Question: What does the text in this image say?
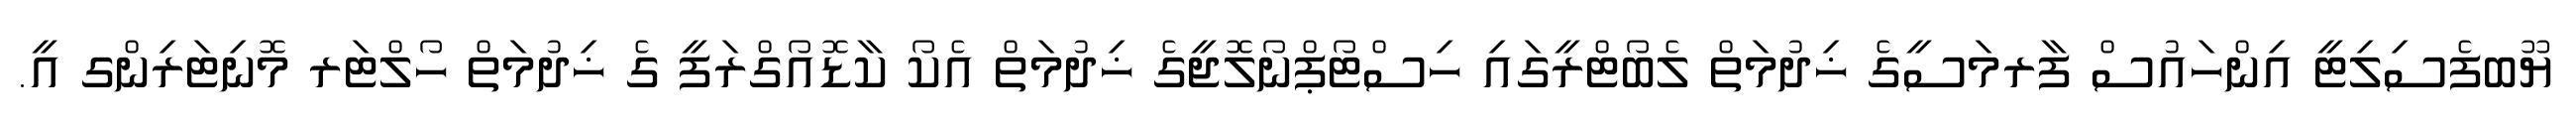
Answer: ޔޫބފެސިލިޓީ އިންހައުސް ފާރމަސީގެ ޚިދުމަތް ލެބޯޓްރީގައި ހިސްޓޯޕްނޯލޮޖީގެ ޚިދުމަތް އެކޯ ކާޑޮއޯގްރަފީ ގެ ޚިދުމަތް ހޯލްޓަރ މޮނިޓަރިންގ އީ.